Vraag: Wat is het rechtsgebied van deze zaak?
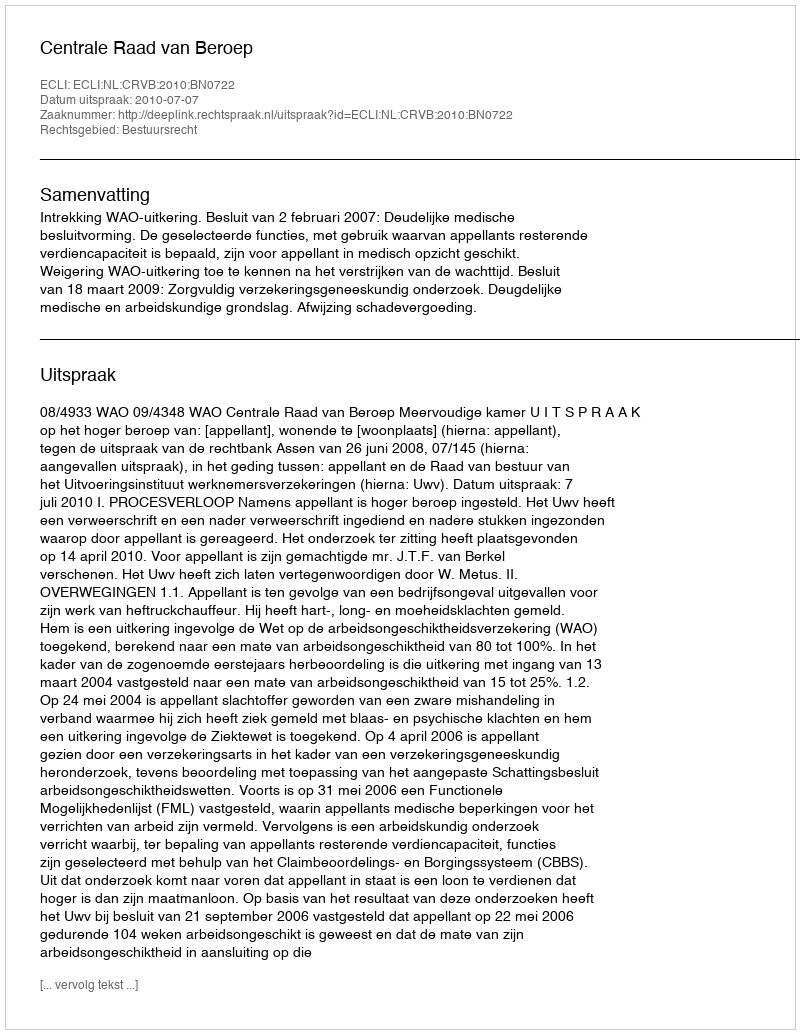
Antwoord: Bestuursrecht